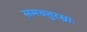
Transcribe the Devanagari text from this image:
समचतुरस्राः